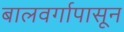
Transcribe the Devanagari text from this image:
बालवर्गापासून